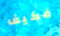
فكيف